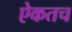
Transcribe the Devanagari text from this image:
ऐकतच